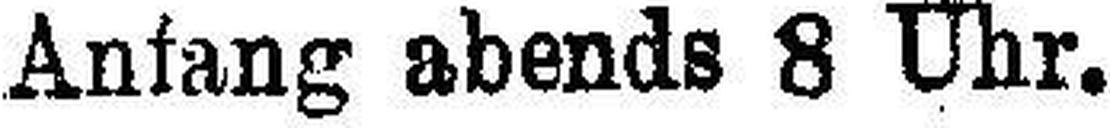
Anfang abends 8 Uhr.